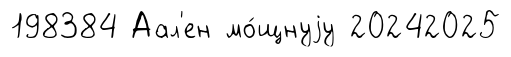
198384 Аал'ен мо́щнуjу 20242025